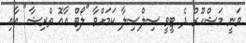
ވަނީ މަޝްހޫރު ދެ ޓީވީ ސިލްސިލާ ކަމަށްވާ "ލޯޓް އާއޮ ތްރިޝާ" އާއި